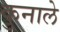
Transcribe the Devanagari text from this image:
कुनाले